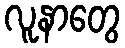
လူနာတွေ